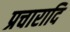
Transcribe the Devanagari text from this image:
प्रचारादि